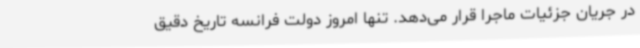
در جریان جزئیات ماجرا قرار می‌دهد. تنها امروز دولت فرانسه تاریخ دقیق